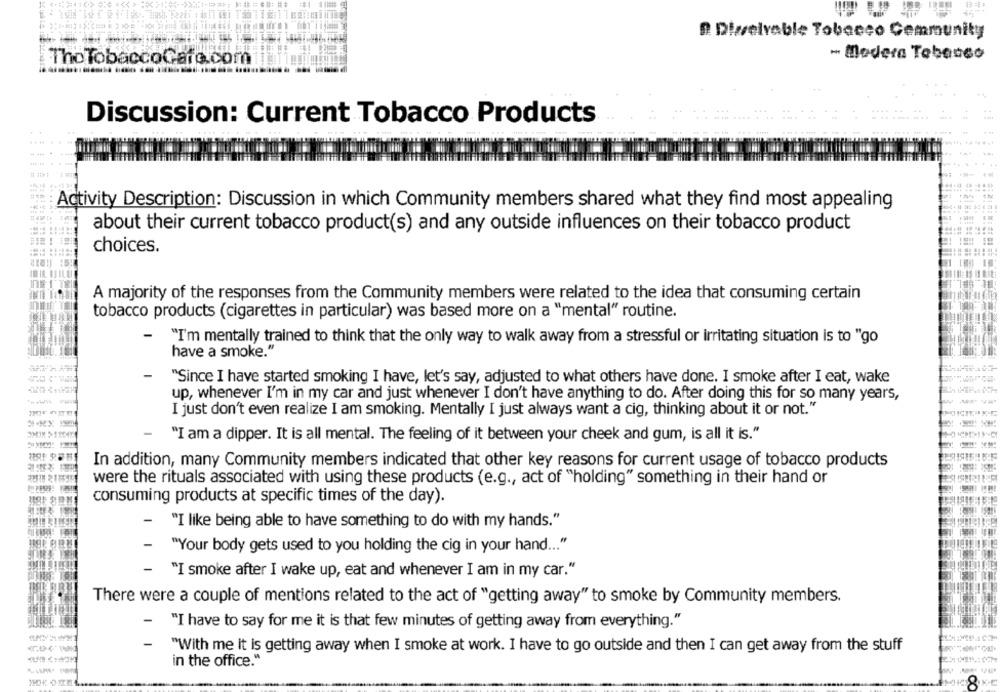
D. Dieselrable Tobacco Community
- Madera Tebasso
The TobaccoGare.com
Discussion: Current Tobacco Products
Activity Description: Discussion in which Community members shared what they find most appealing
about their current tobacco product(s) and any outside influences on their tobacco product
choices.
A majority of the responses from the Community members were related to the idea that consuming certain
tobacco products (cigarettes in particular) was based more on a "mental" routine.
-
"I'm mentally trained to think that the only way to walk away from a stressful or irritating situation is to "go
have a smoke."
"Since I have started smoking I have, let's say, adjusted to what others have done. I smoke after I eat, wake
up, whenever I'm in my car and just whenever I don't have anything to do. After doing this for so many years,
I just don't even realize I am smoking. Mentally I just always want a cig, thinking about it or not."
-
"I am a dipper. It is all mental. The feeling of it between your cheek and gum, is all it is."
In addition, many Community members indicated that other key reasons for current usage of tobacco products
were the rituals associated with using these products (e.g ., act of "holding" something in their hand or
consuming products at specific times of the day).
"I like being able to have something to do with my hands."
-
"Your body gets used to you holding the cig in your hand ... "
-
"I smoke after I wake up, eat and whenever I am in my car."
There were a couple of mentions related to the act of "getting away" to smoke by Community members.
-
"I have to say for me it is that few minutes of getting away from everything."
-
"With me it is getting away when I smoke at work. I have to go outside and then I can get away from the stuff
in the office."